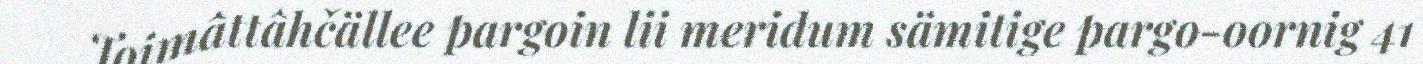
Toimâttâhčällee pargoin lii meridum sämitige pargo-oornig 41